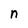
Character: n